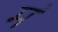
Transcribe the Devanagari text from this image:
म॔